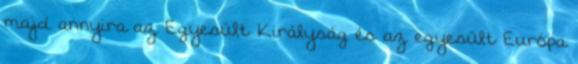
majd annyira az Egyesült Királyság és az egyesült Európa